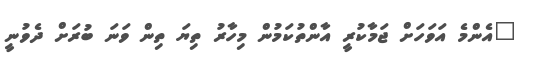
"އެންމެ އަވަހަށް ޖަމާކުރީ އާންތުކަމުން މިހާރު ތިޔަ ތިން ވަނަ ބުރަށް ދެވުނީ